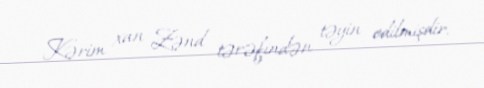
Kərim xan Zənd tərəfindən təyin edilmişdir.